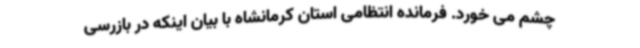
چشم می خورد. فرمانده انتظامی استان کرمانشاه با بیان اینکه در بازرسی